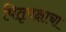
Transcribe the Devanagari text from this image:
पितृपक्षाचा